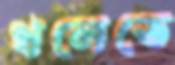
থলেতে